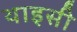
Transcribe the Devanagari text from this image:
थाइसी